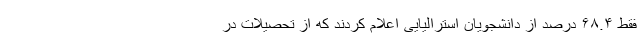
فقط ۶۸.۴ درصد از دانشجویان استرالیایی اعلام کردند که از تحصیلات در